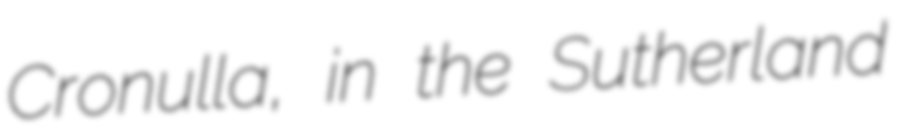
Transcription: Cronulla, in the Sutherland